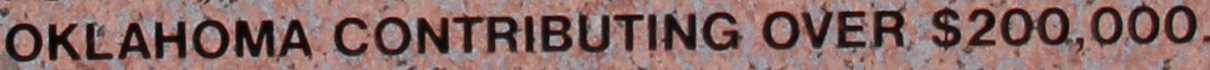
OKLAHOMA CONTRIBUTING OVER $200,000.